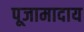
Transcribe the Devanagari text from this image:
पूजामादाय